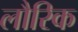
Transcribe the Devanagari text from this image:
लौरिक